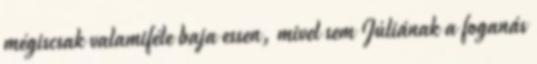
mégiscsak valamiféle baja essen, mivel sem Júliának a foganás